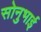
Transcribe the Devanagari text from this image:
सोनुभाई